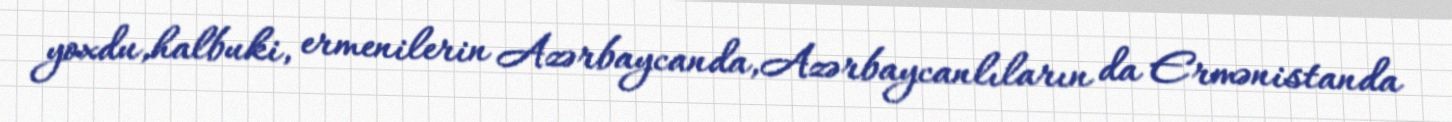
yoxdu,halbuki, ermenilerin Azərbaycanda,Azərbaycanlıların da Ermənistanda